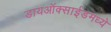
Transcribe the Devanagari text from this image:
डायऑक्साईडमध्ये